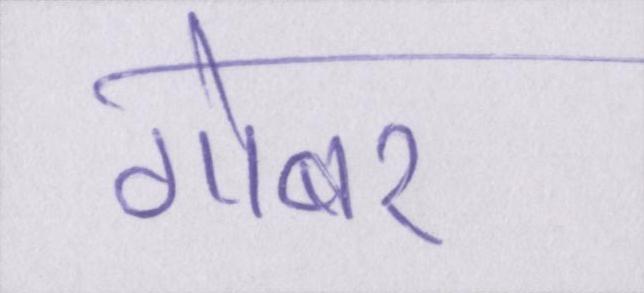
गोबर